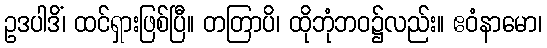
ဥဒပါဒိံ၊ ထင်ရှားဖြစ်ပြီ။ တတြာပိ၊ ထိုဘုံဘဝ၌လည်း။ ဧဝံနာမော၊